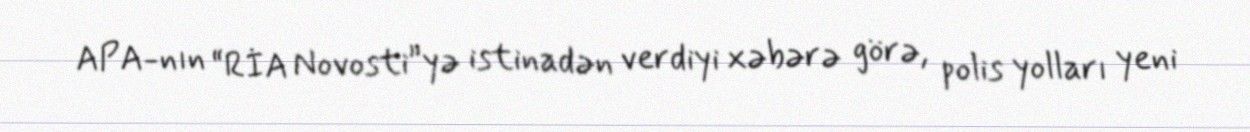
APA-nın “RİA Novosti”yə istinadən verdiyi xəbərə görə, polis yolları yeni